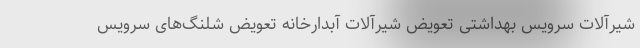
شیرآلات سرویس بهداشتی تعویض شیرآلات آبدارخانه تعویض شلنگ‌های سرویس